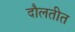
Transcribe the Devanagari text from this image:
दौलतीत